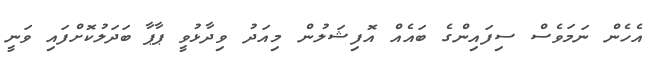
އެހެން ނަމަވެސް ސިފައިންގެ ބައެއް އޮފިޝަލުން މިއަދު ވިދާޅުވީ ޕާޕާ ބަދަލުކޮށްފައި ވަނީ